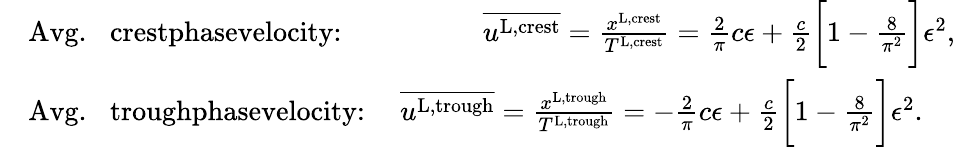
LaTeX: \begin{array}{rl}&{\textrm{Avg.\, \, crestphasevelocity:\, \, \, \, \, \, \, \, \, \, \, \, }\overline{{u^{\textnormal{L,crest}}}}=\frac{x^{\textnormal{L,crest}}}{T^{\textnormal{L,crest}}}=\frac{2}{\pi}c\epsilon+\frac{c}{2}\bigg[1-\frac{8}{\pi^{2}}\bigg]\epsilon^{2},}\\ &{\textrm{Avg.\, \, troughphasevelocity:\, \, \, }\overline{{u^{\textnormal{L,trough}}}}=\frac{x^{\textnormal{L,trough}}}{T^{\textnormal{L,trough}}}=-\frac{2}{\pi}c\epsilon+\frac{c}{2}\bigg[1-\frac{8}{\pi^{2}}\bigg]\epsilon^{2}.}\end{array}